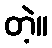
တဲ့။